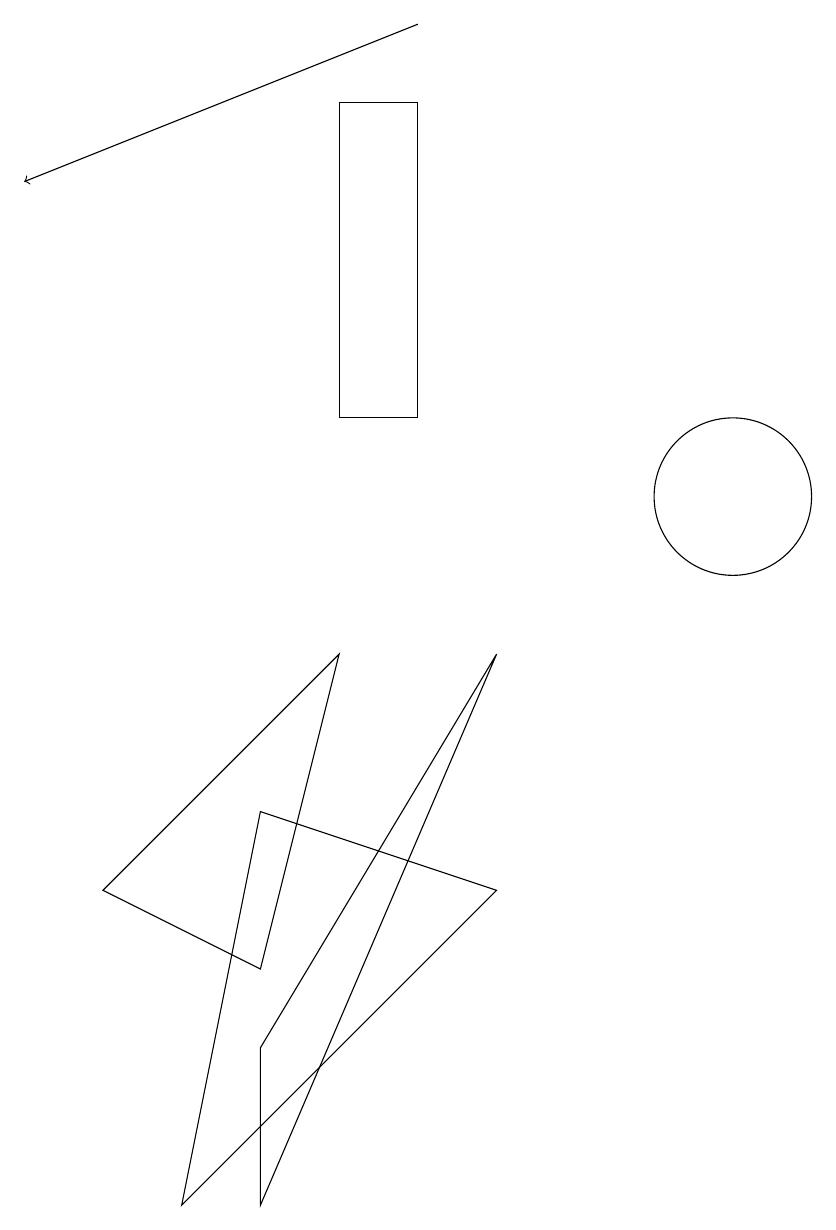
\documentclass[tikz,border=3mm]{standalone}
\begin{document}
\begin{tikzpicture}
\draw (4,1) -- (7,8) -- (4,3) -- cycle;
\draw (2,5) -- (4,4) -- (5,8) -- cycle;
\draw[->] (6,16) -- (1,14);
\draw (10,10) circle (1);
\draw (3,1) -- (4,6) -- (7,5) -- cycle;
\draw (5,11) rectangle (6,15);
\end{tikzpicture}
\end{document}